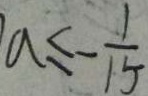
a \leq - \frac { 1 } { 1 5 }